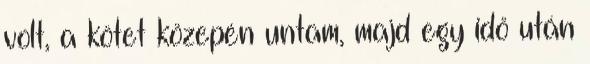
volt, a kötet közepén untam, majd egy idő után